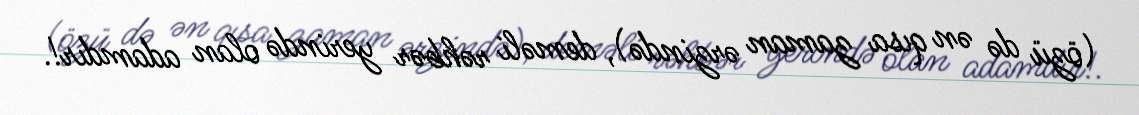
(özü də ən qısa zaman ərzində), deməli rəhbər yerində olan adamdır!.